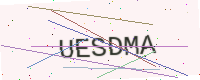
Text: UESDMA